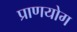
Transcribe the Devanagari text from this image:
प्राणयोग